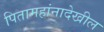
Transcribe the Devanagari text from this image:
पितामहांनादेखील